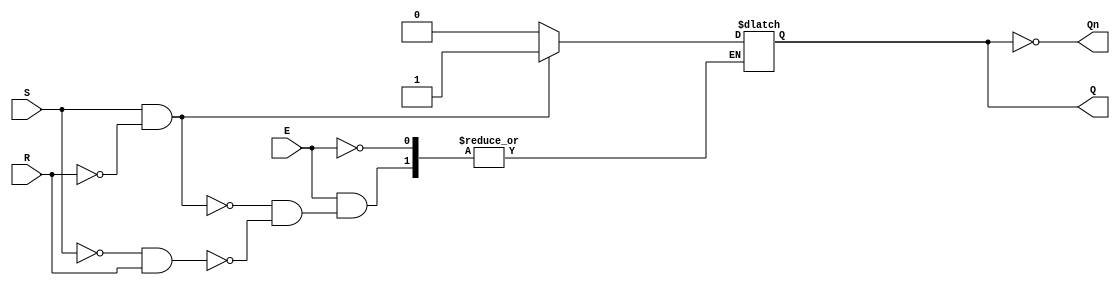
module gated_sr_latch (
    input wire S,       // Set input
    input wire R,       // Reset input
    input wire E,       // Enable input
    output reg Q,       // Output Q
    output wire Qn      // Complementary output Q'
);

    // Complementary output
    assign Qn = ~Q;

    always @(E, S, R) begin
        if (E) begin
            if (S && ~R) begin
                Q <= 1'b1;  // Set state
            end else if (~S && R) begin
                Q <= 1'b0;  // Reset state
            end else if (~S && ~R) begin
                // Memory state, retain previous value
                Q <= Q;     // No change
            end else if (S && R) begin
                // Invalid state, typically should be avoided
                // You can choose to implement a specific behavior or leave it as is
                // For safety, we can choose to do nothing or reset Q to 0
                Q <= Q;     // No change (undefined behavior)
            end
        end
        // When E is low, retain previous value (already handled by the non-blocking assignment)
    end

endmodule